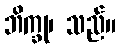
ဘိက္ခု၊ သည်။